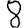
Digit: 8